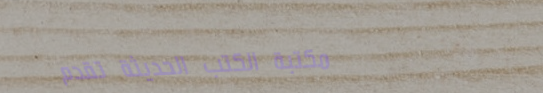
مكتبة الكتب الحديثة تقدم